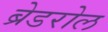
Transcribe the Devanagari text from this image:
ब्रेडरोल